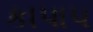
કાપાપ